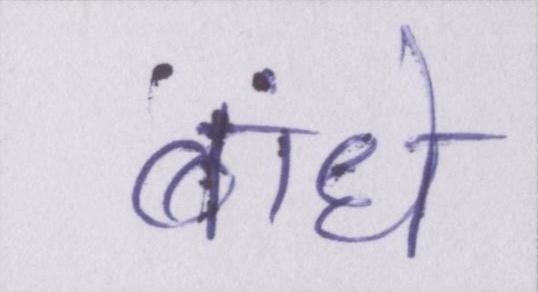
बांधे